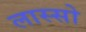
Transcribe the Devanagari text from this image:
लास्सो